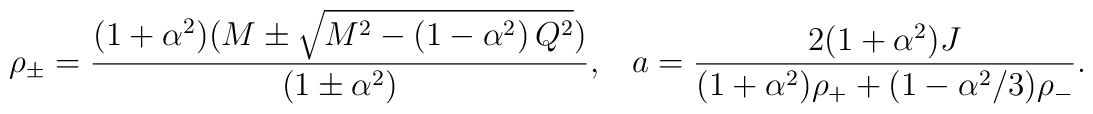
\rho_{\pm} = \frac{(1+\alpha^2) (M \pm \sqrt{  M^{2} - \left( 1-\alpha^{2} \right) Q^{2}})}{\left(1 \pm \alpha^{2}\right)}, \; \;    \; a = \frac{2 (1 + \alpha^2) J}{ (1 + \alpha^2) \rho_{+} +(1-\alpha^{2}/3) \rho_{-}}   .